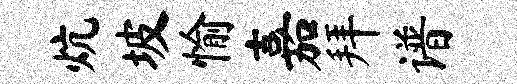
炕坡愉嘉拜谱